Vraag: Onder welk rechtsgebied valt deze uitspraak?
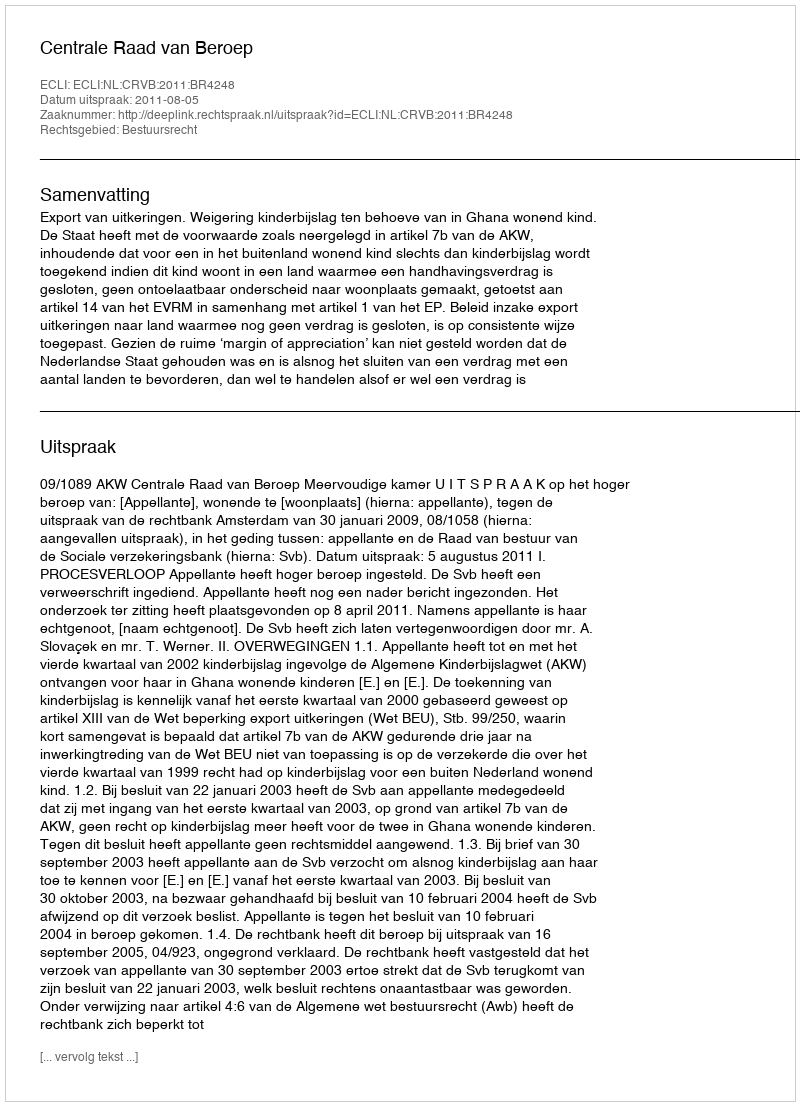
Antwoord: Bestuursrecht